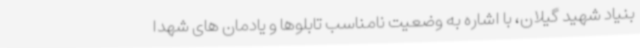
بنیاد شهید گیلان، با اشاره به وضعیت نامناسب تابلوها و یادمان های شهدا